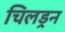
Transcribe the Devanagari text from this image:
चिलड्रन